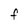
Character: F